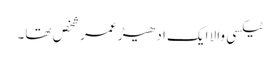
ٹیکسی والا ایک ادھیڑ عمر شخص تھا۔